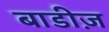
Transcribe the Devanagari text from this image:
बाडीज़